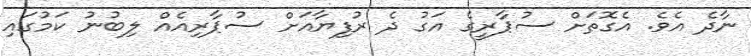
ނާދެ އެވެ. އެގޮތަށް ސުޕާރީގެ އަގު ދެ ރުފިޔާއަށް ސުޕާރިއެއް ލިބުނު ކަމުގައި